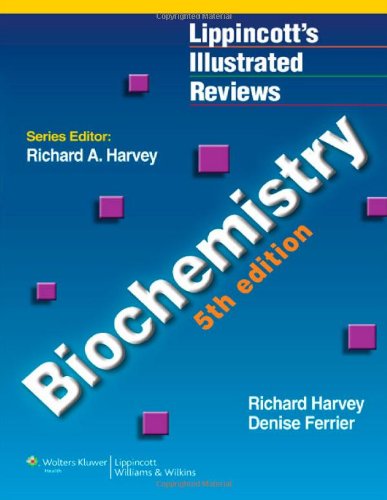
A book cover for Biochemistry (Lippincott Illustrated Reviews Series); Richard A. Harvey; Engineering & Transportation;